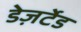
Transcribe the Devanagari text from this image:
डेज़र्टेड